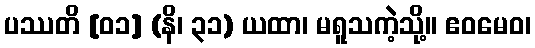
ပဿတိ [၀၁] (နိ၊ ၃၁) ယထာ၊ မရူသကဲ့သို့။ ဧဝမေဝ၊